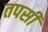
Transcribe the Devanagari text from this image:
तपसी